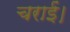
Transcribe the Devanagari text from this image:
चराईं।